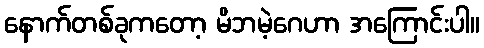
နောက်တစ်ခုကတော့ မိဘမဲ့ဂေဟာ အကြောင်းပါ။